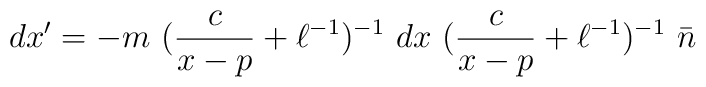
dx'=-m~(\frac{c}{x-p}+\ell^{-1})^{-1}~dx~(\frac{c}{x-p}+ \ell^{-1})^{-1}~\bar{n}